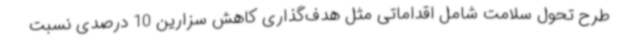
طرح تحول سلامت شامل اقداماتی مثل هدف‌گذاری کاهش سزارین 10 درصدی نسبت